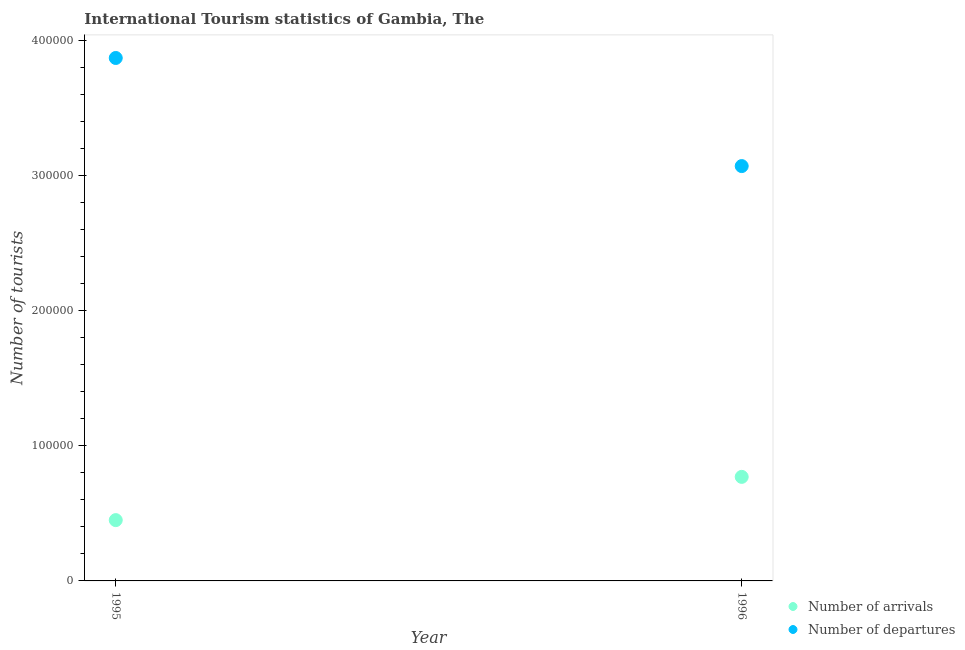
| Year | Number of arrivals | Number of departures |
 | --- | --- | --- |
 | 1995 | 4.5e+04 | 3.87e+05 |
 | 1996 | 7.7e+04 | 3.07e+05 |